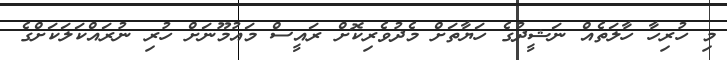
މި ހުރިހާ ހާލަތެއް ނަޝީދުގެ ހަޔާތަށް މެދުވެރިކޮށް ރައީސް މައުމޫނަށް ހުރި ނުރައްކަލަކަށްގެ